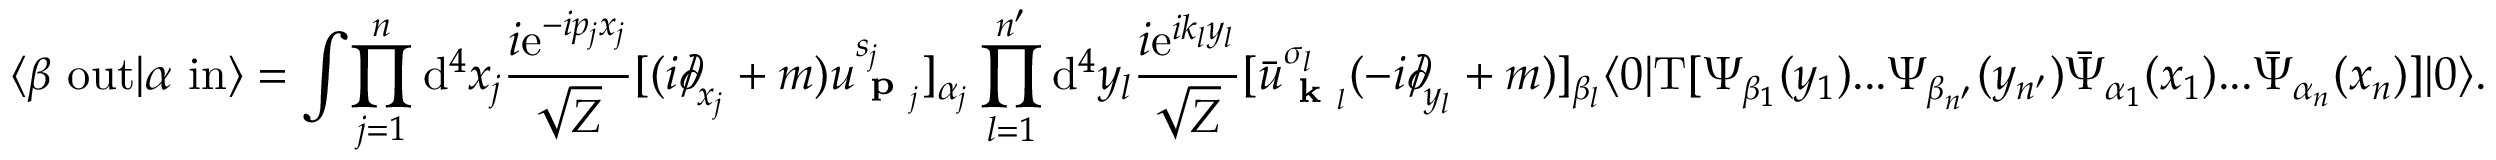
\langle \beta \ \mathrm { o u t } | \alpha \ \mathrm { i n } \rangle = \int \! \prod _ { j = 1 } ^ { n } \mathrm { d } ^ { 4 } x _ { j } { \frac { i \mathrm { e } ^ { - i p _ { j } x _ { j } } } { \sqrt { Z } } } [ ( i { \partial \! \! \! / } _ { x _ { j } } + m ) u _ { { \textbf { p } } _ { j } } ^ { s _ { j } } ] _ { \alpha _ { j } } \prod _ { l = 1 } ^ { n ^ { \prime } } \mathrm { d } ^ { 4 } y _ { l } { \frac { i \mathrm { e } ^ { i k _ { l } y _ { l } } } { \sqrt { Z } } } [ { \bar { u } } _ { { \textbf { k } } _ { l } } ^ { \sigma _ { l } } ( - i { \partial \! \! \! / } _ { y _ { l } } + m ) ] _ { \beta _ { l } } \langle 0 | \mathrm { T } [ \Psi _ { \beta _ { 1 } } ( y _ { 1 } ) . . . \Psi _ { \beta _ { n ^ { \prime } } } ( y _ { n ^ { \prime } } ) { \bar { \Psi } } _ { \alpha _ { 1 } } ( x _ { 1 } ) . . . { \bar { \Psi } } _ { \alpha _ { n } } ( x _ { n } ) ] | 0 \rangle .